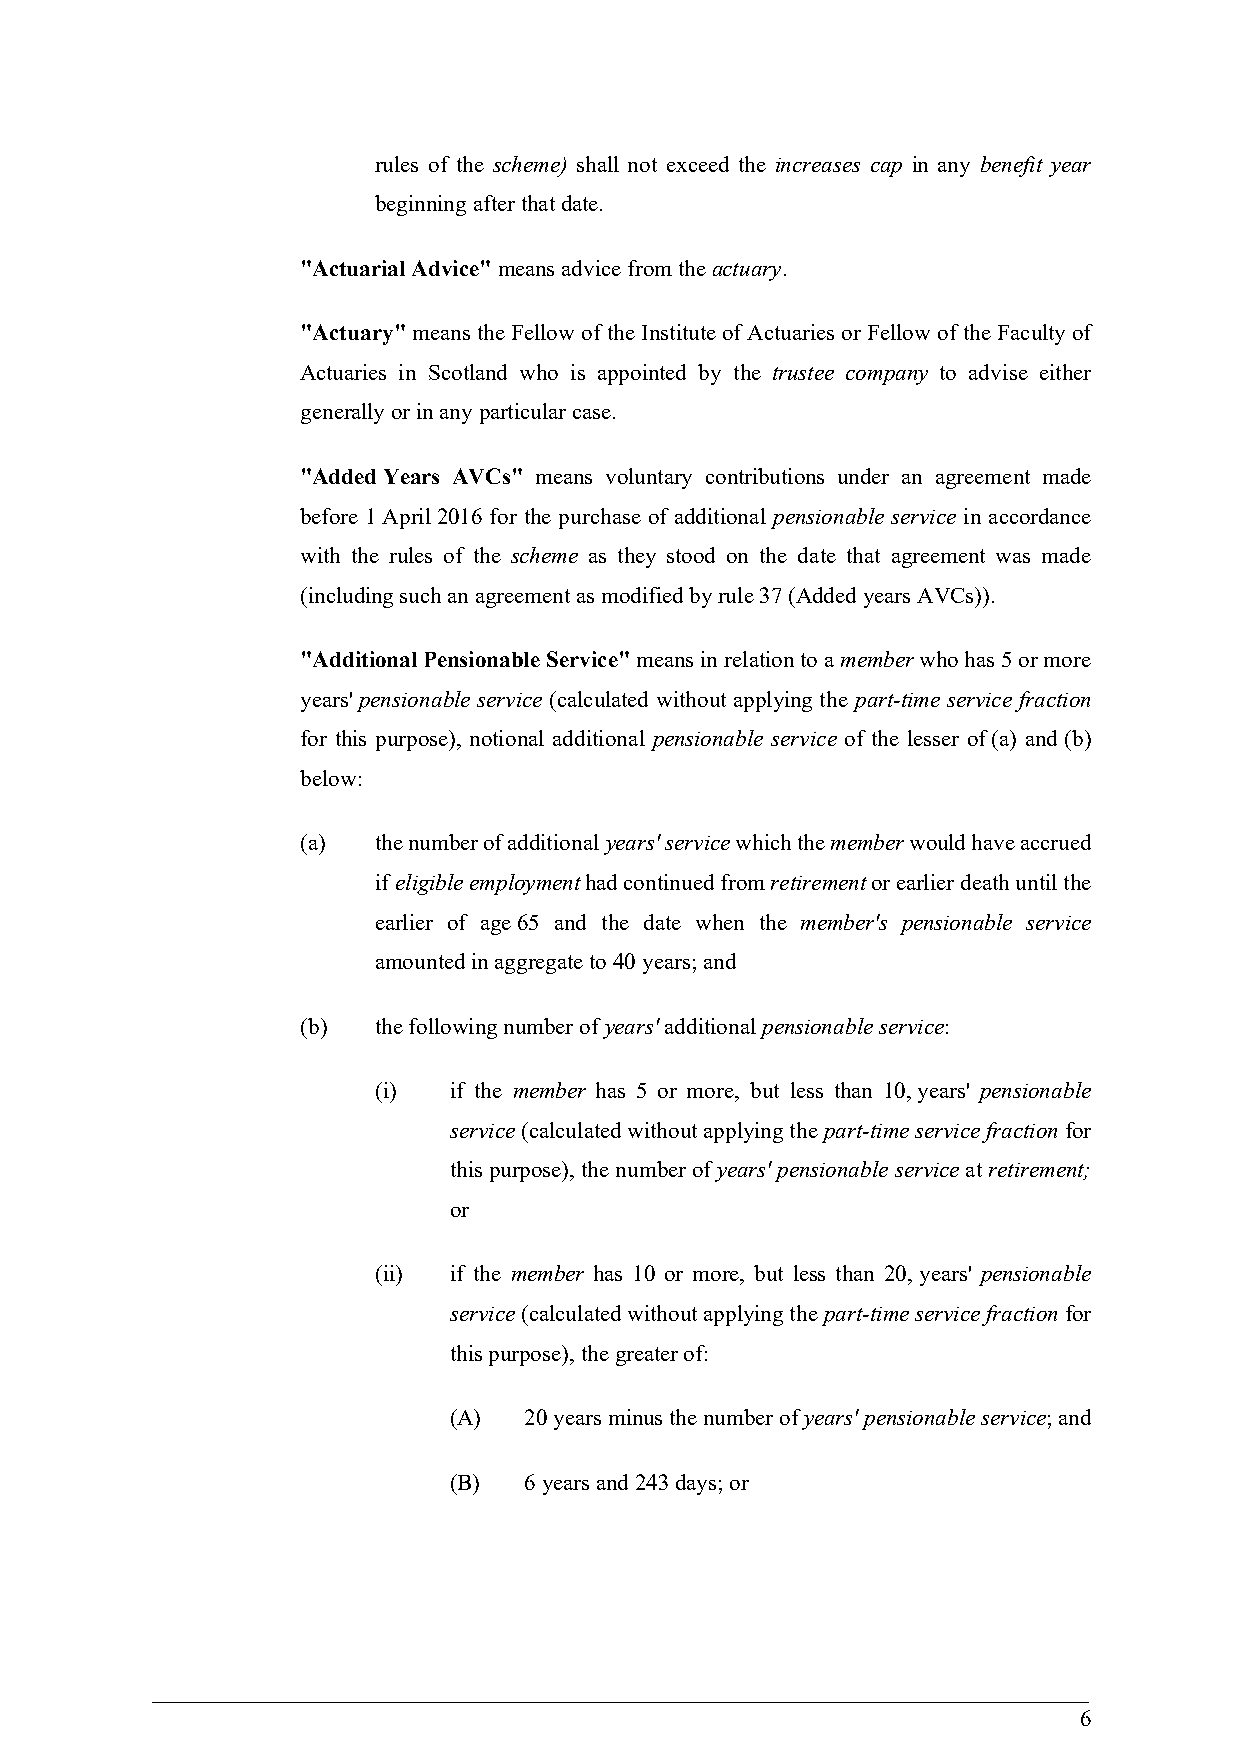
rules of the scheme) shall not exceed the increases cap in any benefit year
 beginning after that date.
 "Actuarial Advice" means advice from the actuary.
 "Actuary" means the Fellow of the Institute of Actuaries or Fellow of the Faculty of
 Actuaries in Scotland who is appointed by the trustee company to advise either
 generally or in any particular case.
 "Added Years AVCs" means voluntary contributions under an agreement made
 before 1 April 2016 for the purchase of additional pensionable service in accordance
 with the rules of the scheme as they stood on the date that agreement was made
 (including such an agreement as modified by rule 37 (Added years AVCs)).
 "Additional Pensionable Service" means in relation to a member who has 5 or more
 years' pensionable service (calculated without applying the part-time service fraction
 for this purpose), notional additional pensionable service of the lesser of (a) and (b)
 below:
 (a)  the number of additional years' service which the member would have accrued
 if eligible employment had continued from retirement or earlier death until the
 earlier of age 65 and the date when the member's pensionable service
 amounted in aggregate to 40 years; and
 (b)  the following number of years' additional pensionable service:
 (i)  if the member has 5 or more, but less than 10, years' pensionable
 service (calculated without applying the part-time service fraction for
 this purpose), the number of years' pensionable service at retirement;
 or
 (ii) if the member has 10 or more, but less than 20, years' pensionable
 service (calculated without applying the part-time service fraction for
 this purpose), the greater of:
 (A)  20 years minus the number of years' pensionable service; and
 (B)  6 years and 243 days; or
 6